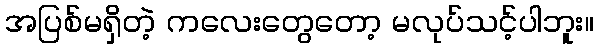
အပြစ်မရှိတဲ့ ကလေးတွေတော့ မလုပ်သင့်ပါဘူး။